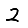
Digit: 2